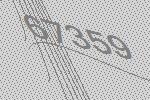
67359